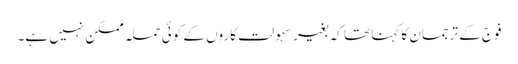
فوج کے ترجمان کا کہنا تھا کہ بغیر سہولت کاروں کے کوئی حملہ ممکن نہیں ہے۔